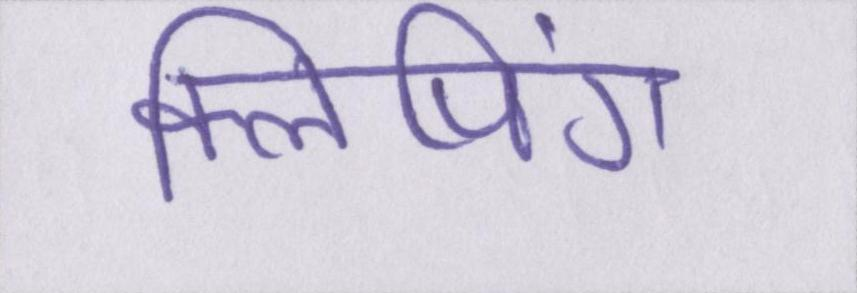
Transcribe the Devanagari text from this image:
क्लिपिंग